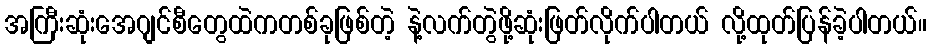
အကြီးဆုံးအေဂျင်စီတွေထဲကတစ်ခုဖြစ်တဲ့ နဲ့လက်တွဲဖို့ဆုံးဖြတ်လိုက်ပါတယ် လို့ထုတ်ပြန်ခဲ့ပါတယ်။